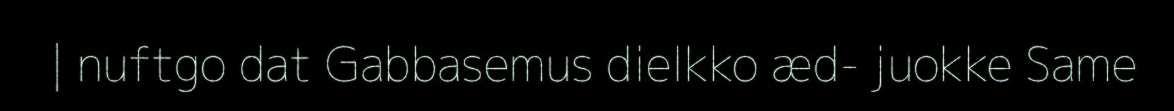
| nuftgo dat Gabbasemus dielkko æd- juokke Same